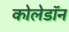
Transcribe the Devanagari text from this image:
कोलेडॉन